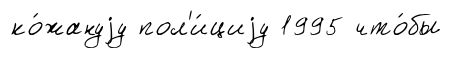
ко́жануjу пол'и́циjу 1995 что́бы